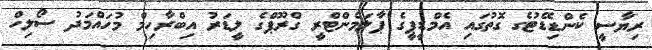
ރިޔާސީ ކެންޑިޑޭޓުގެ ގޮތުގައި އެމްޑީޕީގެ ޕާލަމެންޓްރީ ގްރޫޕްގެ ލީޑަރު އިބްރާހިމް މުހައްމަދު ސޯލިހް